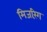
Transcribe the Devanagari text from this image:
मिजरिंग